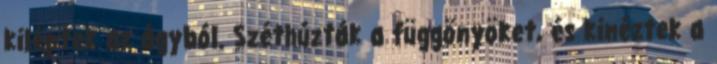
kiléptek az ágyból. Széthúzták a függönyöket, és kinéztek a